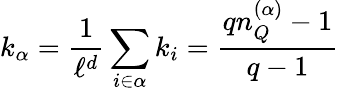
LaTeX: k_{\alpha}=\frac{1}{\ell^{d}}\sum_{i\in\alpha}k_{i}=\frac{qn_{Q}^{(\alpha)}-1}{q-1}